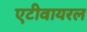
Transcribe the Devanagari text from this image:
एटीवायरल